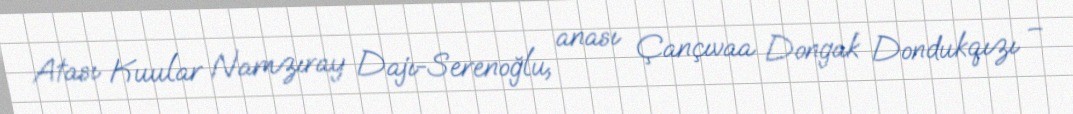
Atası Kuular Namzıray Dajı-Serenoğlu, anası Çançıvaa Dongak Dondukqızı –